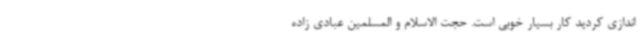
اندازی کردید کار بسیار خوبی است. حجت الاسلام و المسلمین عبادی زاده